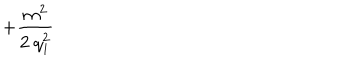
+ \frac { m ^ { 2 } } { 2 \mathrm { ~ } q _ { 1 } ^ { 2 } }